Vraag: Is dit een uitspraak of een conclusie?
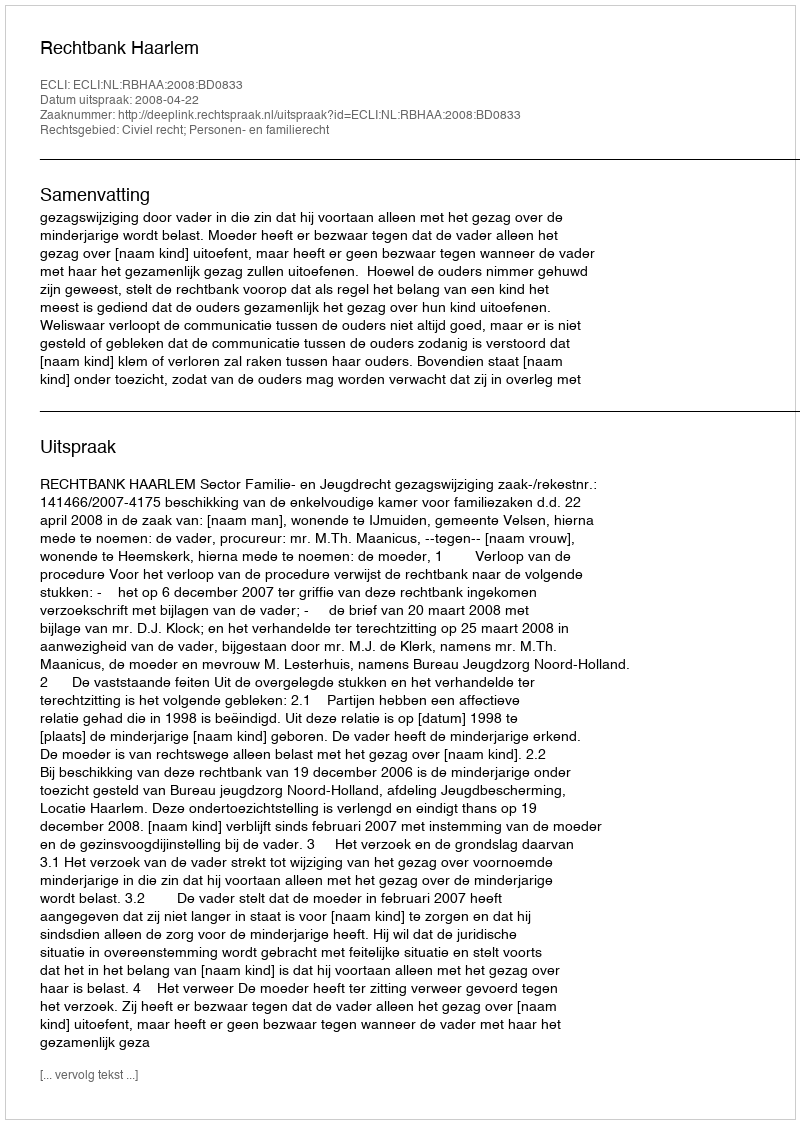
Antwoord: Uitspraak